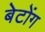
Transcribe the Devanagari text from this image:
बेटोंग